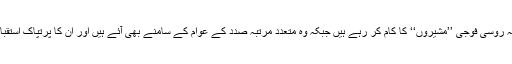
بتایا گیا ہے کہ روسی فوجی ’’مشیروں‘‘ کا کام کر رہے ہیں جبکہ وہ متعدد مرتبہ صدد کے عوام کے سامنے بھی آئے ہیں اور ان کا پرتپاک استقبال بھی کیا گیا۔